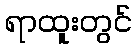
ရာထူးတွင်